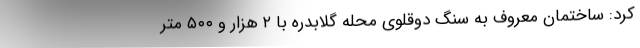
کرد: ساختمان معروف به سنگ دوقلوی محله گلابدره با ۲ هزار و ۵۰۰ متر